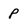
Character: p